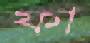
ফা